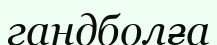
гандболға